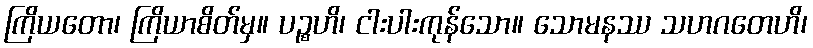
ကြိယတော၊ ကြိယာစိတ်မှ။ ပဉ္စဟိ၊ ငါးပါးကုန်သော။ သောမနဿ သဟဂတေဟိ၊